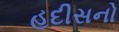
હદીસનો